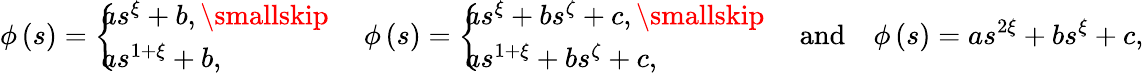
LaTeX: \phi\left(s\right)=\left\{ \! \! \! \begin{array}{l}{as^{\xi}+b,\smallskip}\\ {as^{1+\xi}+b,}\end{array}\ \right.\quad\phi\left(s\right)=\left\{ \! \! \! \begin{array}{l}{as^{\xi}+bs^{\zeta}+c,\smallskip}\\ {as^{1+\xi}+bs^{\zeta}+c,}\end{array}\ \right.\quad\mathrm{and}\quad\phi\left(s\right)=as^{2\xi}+bs^{\xi}+c,